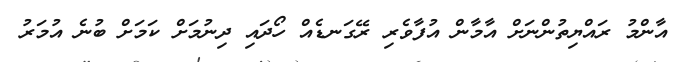
އާންމު ރައްޔިތުންނަށް އާމާން އުފާވެރި ރޭގަނޑެއް ހޯދައި ދިނުމަށް ކަމަށް ބުނެ އުމަރު